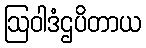
ဩဝါဒံဌပိတာယ